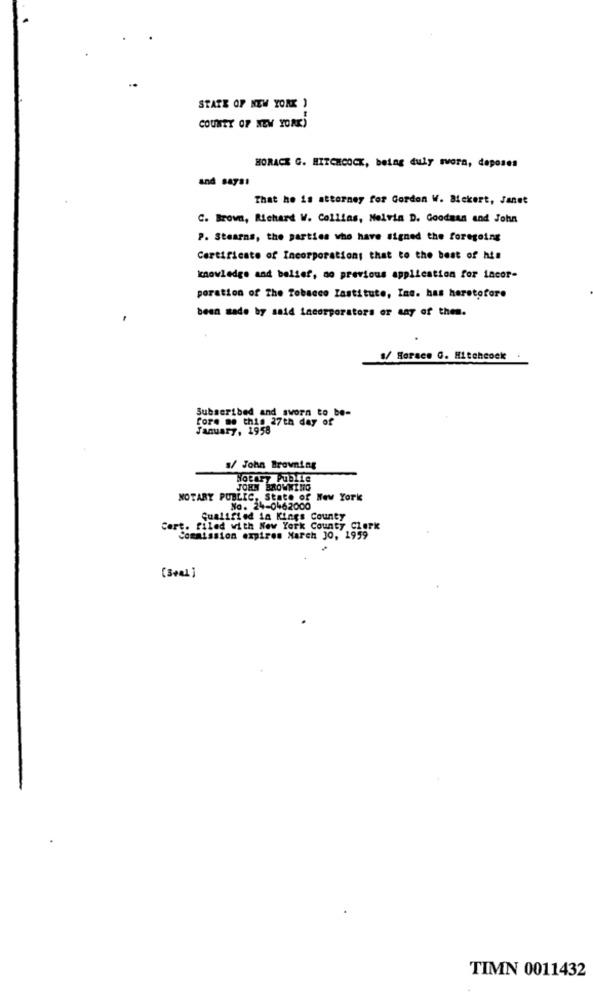
STATE OF NEW YORK )
COUNTY OF NEW YORK)
HORACE G. HITCHCOCK, being duly sworn, deposes
and says:
That he is attorney for Gordon W. Bickert, Janet
C. Brown, Richard W. Collins, Melvin D. Goodman and John
P. Stearns, the parties who have signed the foregoing
Certificate of Incorporation: that to the best of his
knowledge and belief, no previous application for incor-
poration of The Tobacco Zastitute, Inc. has heretofore
been made by said incorporators or any of them.
1/ Horace G. Hitchcock
Subscribed and_sworn to be-
fore me this 27th day of
January, 1958
s/ John Browning
JOHN BROWNING
NOTARY PUBLIC, State of New York
No. 24-0462000
Qualified in Kings County
Cert. filed with New York County Clark
Commission expires March 30, 1959
(Seal)
TIMN 0011432